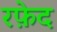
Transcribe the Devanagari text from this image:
रफ़ेद